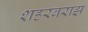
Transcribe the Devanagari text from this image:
शहरबराझ